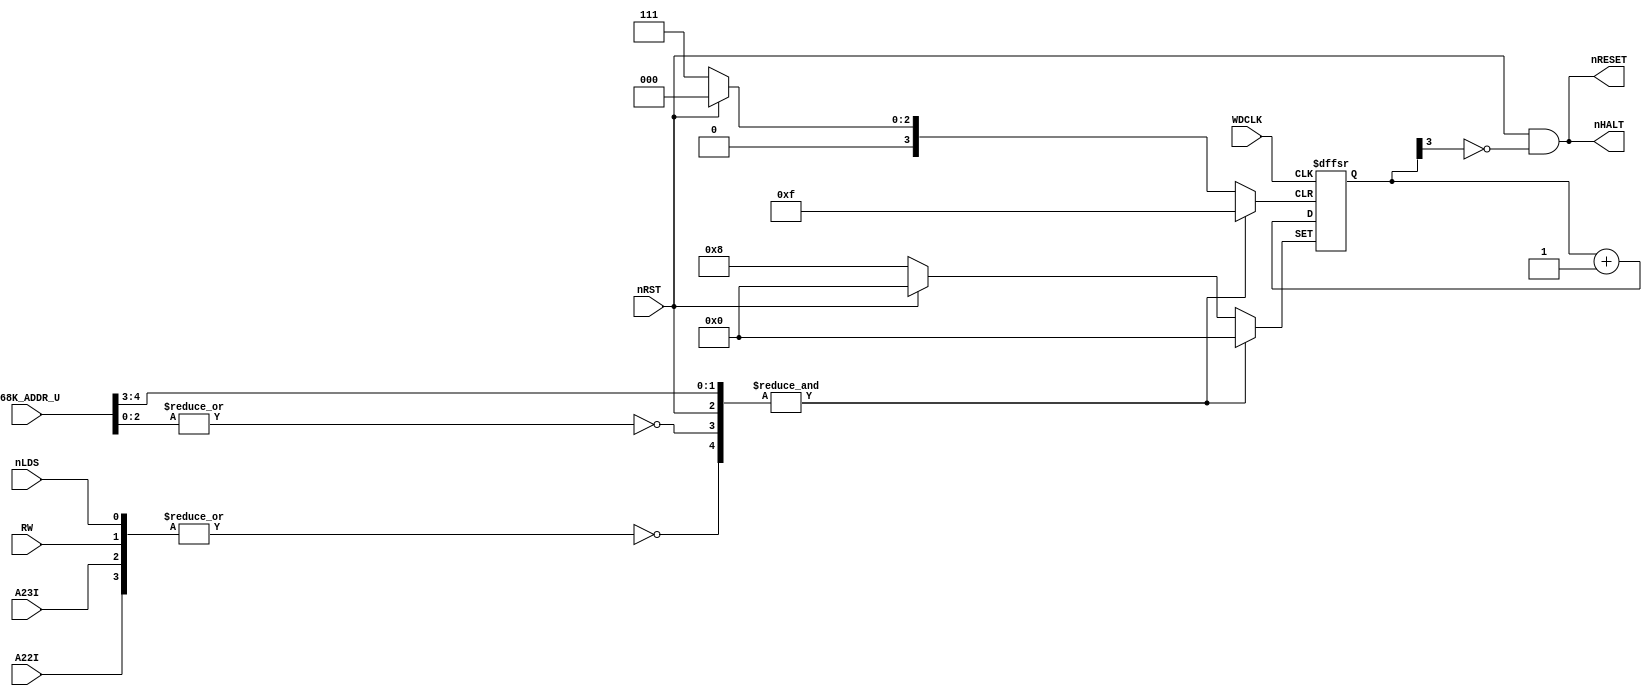
// NeoGeo logic definition
// Copyright (C) 2018 Sean Gonsalves
//
// This program is free software: you can redistribute it and/or modify
// it under the terms of the GNU General Public License as published by
// the Free Software Foundation, either version 3 of the License, or
// (at your option) any later version.
//
// This program is distributed in the hope that it will be useful,
// but WITHOUT ANY WARRANTY; without even the implied warranty of
// MERCHANTABILITY or FITNESS FOR A PARTICULAR PURPOSE.  See the
// GNU General Public License for more details.
//
// You should have received a copy of the GNU General Public License
// along with this program.  If not, see <https://www.gnu.org/licenses/>.

module watchdog(
	input nLDS, RW,
	input A23I, A22I,
	input [21:17] M68K_ADDR_U,
	//input [12:1] M68K_ADDR_L,
	input WDCLK,
	output nHALT,
	output nRESET,
	input nRST
);

	reg [3:0] WDCNT;
	
	initial
		WDCNT <= 4'b0000;
	
	// IMPORTANT:
	// nRESET is an open-collector output on B1, so that the 68k can drive it (RESET instruction)
	// The line has a 4.7k pullup (schematics page 1)
	// nRESET changes state on posedge nBNKB (posedge mclk), but takes a slightly variable amount of time to
	// return high after it is released. Low during 8 frames, released during 8 frames.
	assign nRESET = nRST & ~WDCNT[3];
	assign nHALT = nRESET;	// Yup (these are open-collector)
	
	// $300001 (LDS)
	// 0011000xxxxxxxxxxxxxxxx1
	// MAME says 00110001xxxxxxxxxxxxxxx1 but NEO-B1 doesn't have A16
	wire WDRESET = &{nRST, ~|{nLDS, RW, A23I, A22I}, M68K_ADDR_U[21:20], ~|{M68K_ADDR_U[19:17]}};
	
	always @(posedge WDCLK or posedge WDRESET or negedge nRST)
	begin
		if (WDRESET)
			WDCNT <= 4'b0000;
		else if (!nRST)
			WDCNT <= 4'b1000;
		else
			WDCNT <= WDCNT + 1'b1;
	end

endmodule